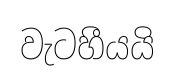
වැටහීයයි